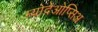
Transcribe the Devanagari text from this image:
म्योदेओप्सिअ